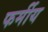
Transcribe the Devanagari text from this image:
फर्मीय